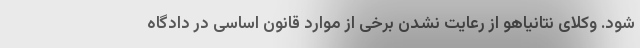
شود. وکلای نتانیاهو از رعایت نشدن برخی از موارد قانون اساسی در دادگاه